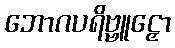
ဘောဂပရိဗ္ဗူဠှော